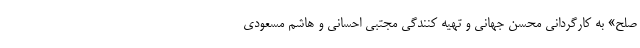
صلح» به کارگردانی محسن جهانی و تهیه کنندگی مجتبی احسانی و هاشم مسعودی